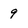
Character: 9